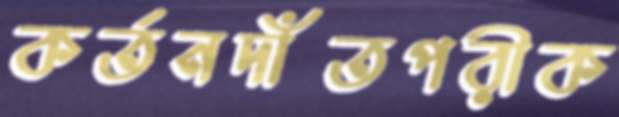
কর্তনদাঁতপরীক